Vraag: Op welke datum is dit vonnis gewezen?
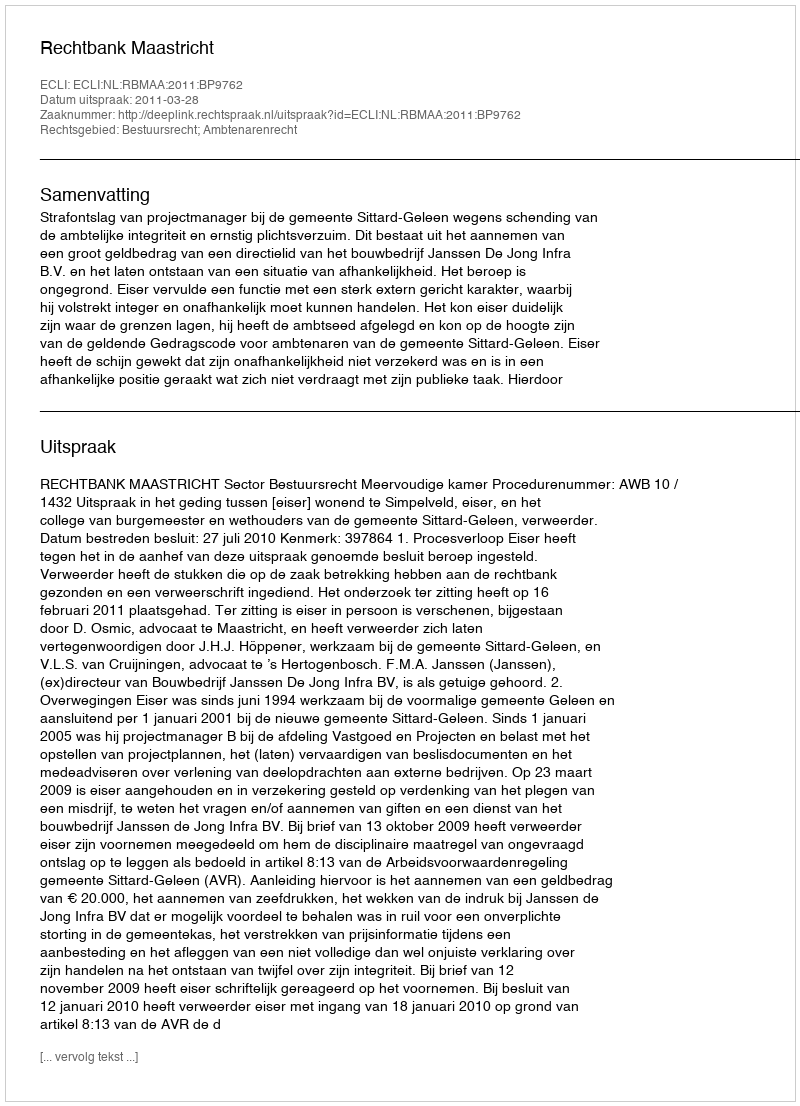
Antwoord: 2011-03-28